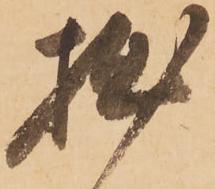
拙